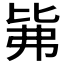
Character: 𰐕